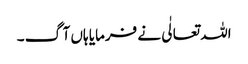
اللہ تعالٰی نے فرمایا ہاں آگ ۔